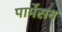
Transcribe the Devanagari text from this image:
पार्मेसन